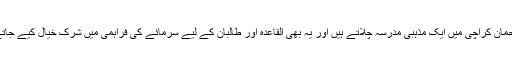
عبدالرحمان کراچی میں ایک مذہبی مدرسہ چلاتے ہیں اور یہ بھی القاعدہ اور طالبان کے لیے سرمائے کی فراہمی میں شرک خیال کیے جاتے ہیں۔